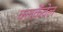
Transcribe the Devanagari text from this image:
क्लर्केंवेल